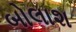
બોલાશ